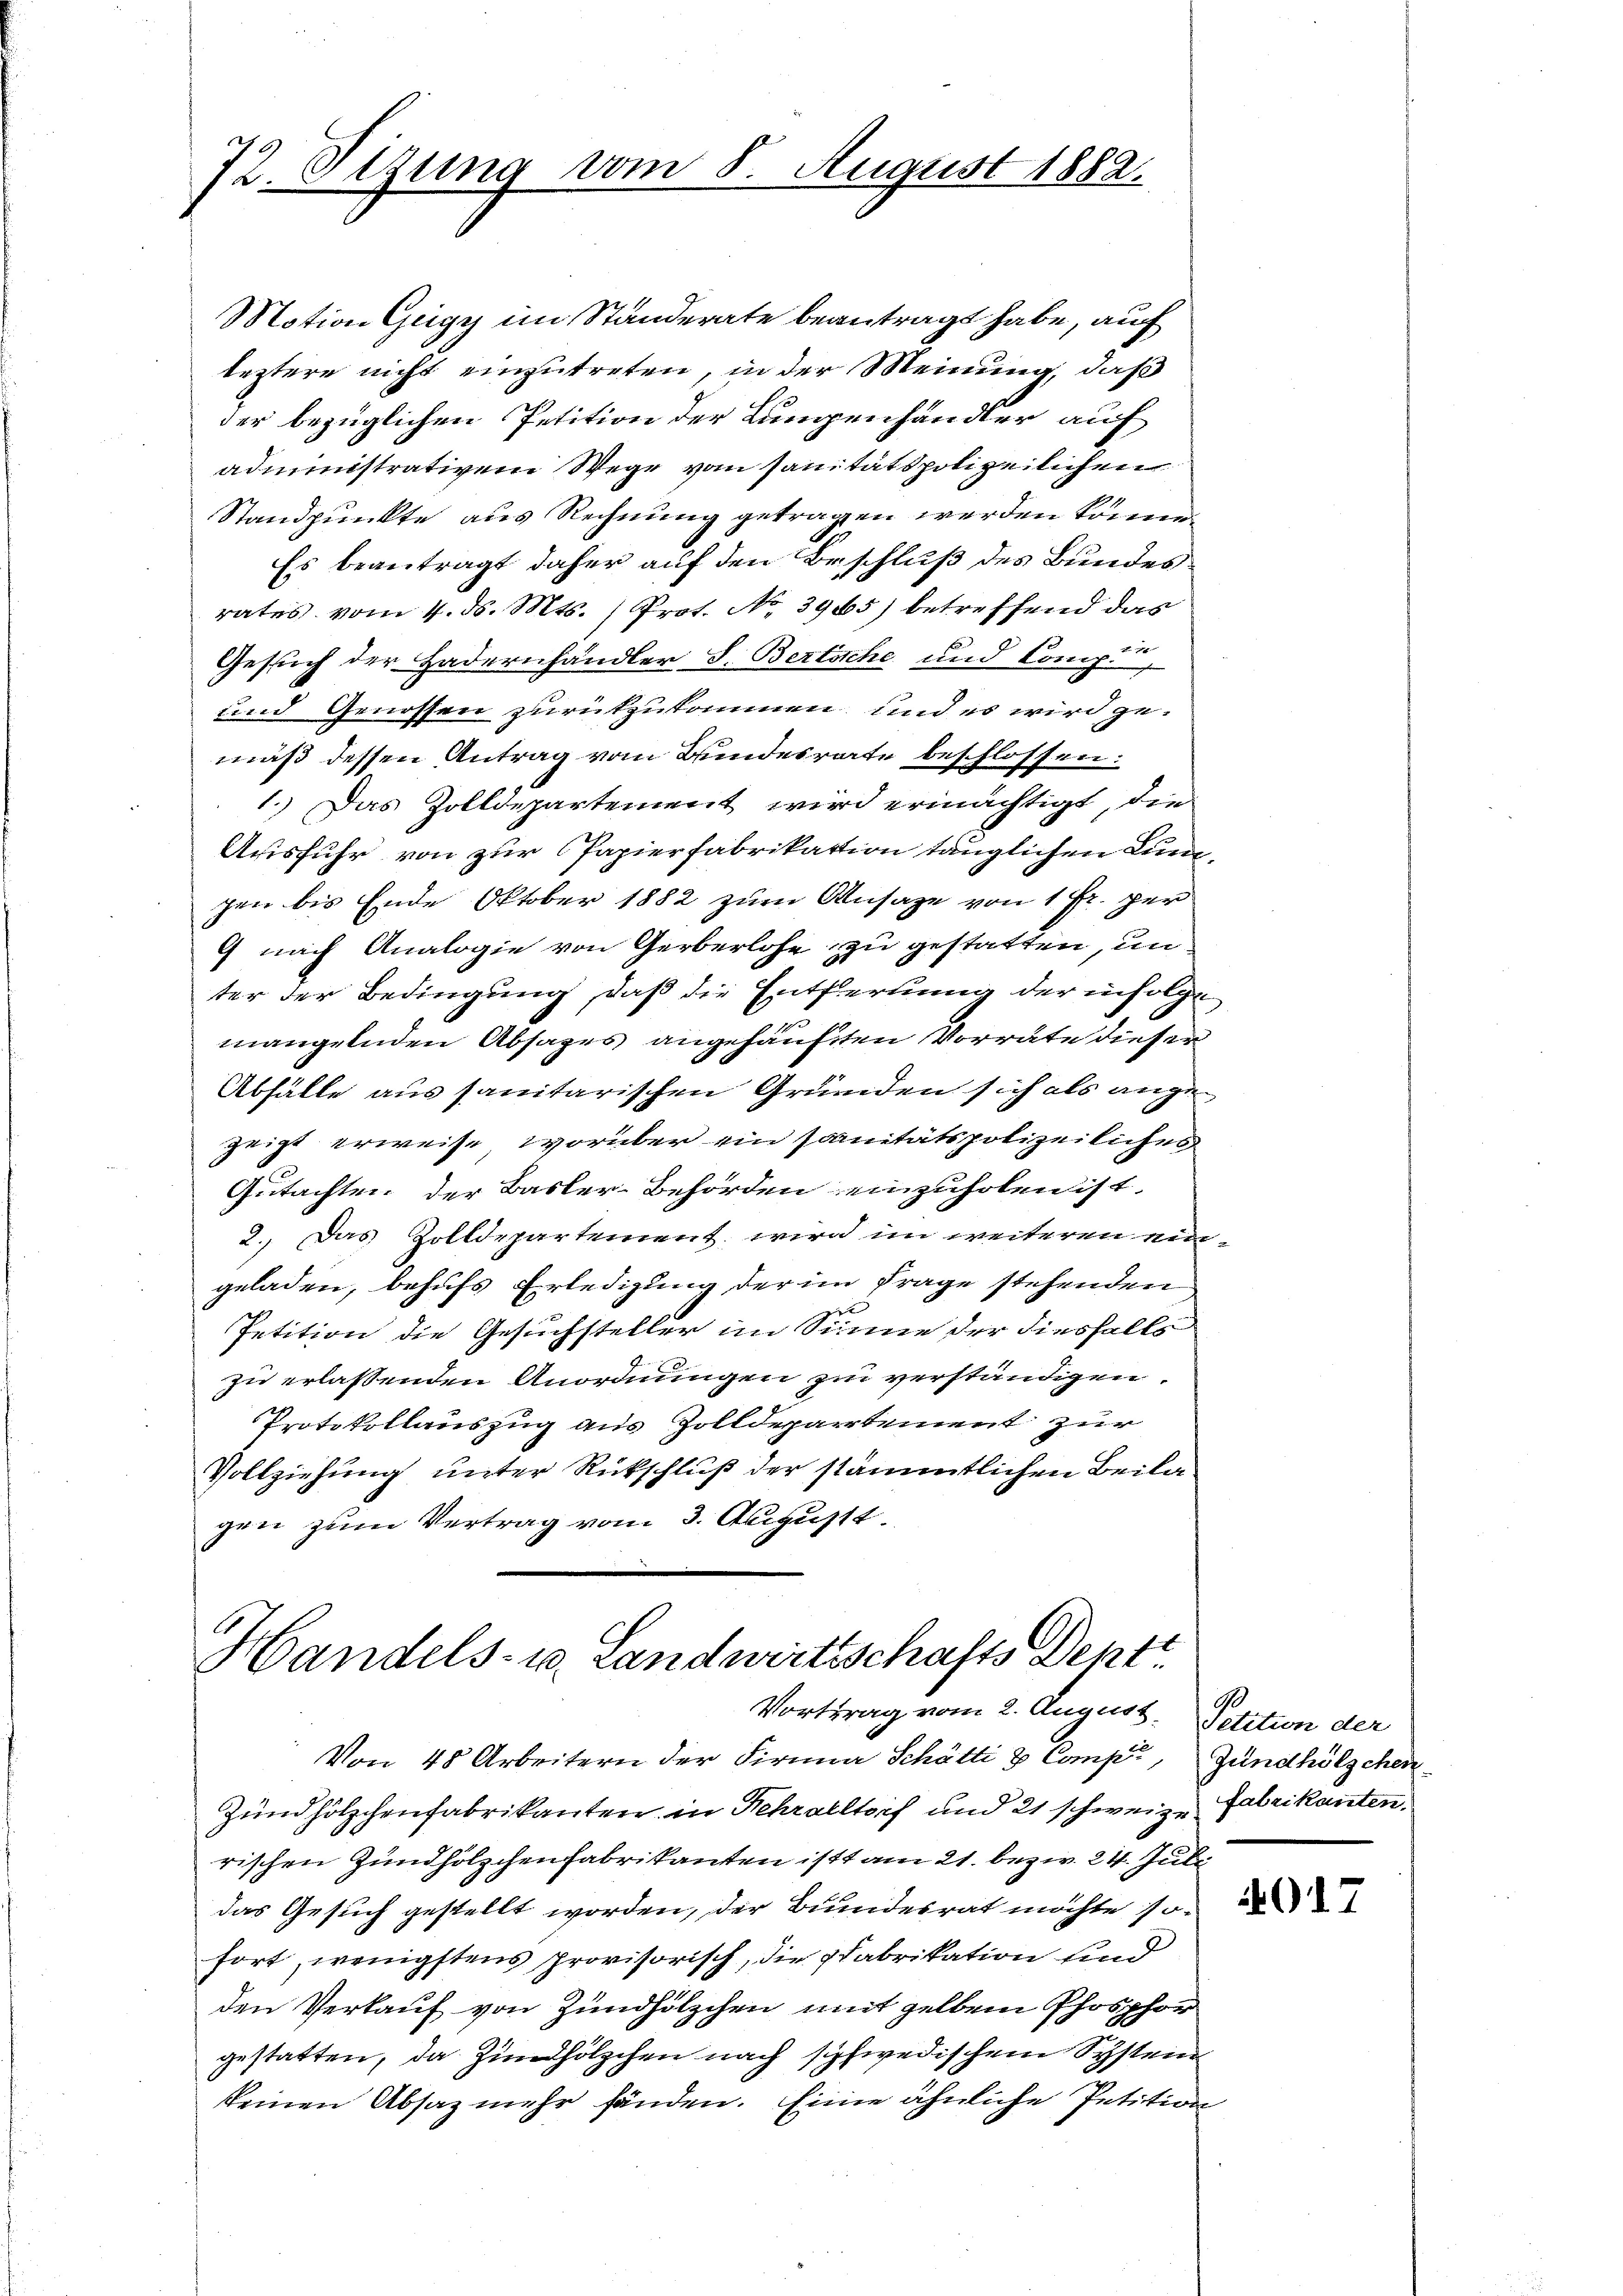
72. Sezung vom 8. August 1882.

Handels- u. Landwirtschafts Dept.
Vortrag vom 2. August. Petition der

Motion Geigy im Ständerate beantragt habe, auf
leztere nicht einzutreten, in der Meinung, daß
der bezüglichen Petition der Lungenhändler auf
administrativem Wege von sanitätspolizeilichen
Standpunkte aus Rechnung getragen werden können.
Es beantragt daher auf den Beschluß des Bundes
rates vom 4. d. Mts. (Prot. No. 3965) betreffend das
Gesuch der Hadernhändler S. Bertsche und Comp.
und Genossen zurükzukommen und es wird gemäß dessen Antrag vom Bundesrate beschlossen:
1.) Das Zolldepartement wird ermächtigt, die
Ausfuhr von zur Papierfabrikation tauglichen Lungen bis Ende Oktober 1882 zur Ansage von 1 Fr. per
9 nach Analogie von Gerberlose zu gestatten, unter der Bedingung, daß die Entfernung der infolge
mangelnden Absages angehäuften Vorräte dieser
Abfälle aus sanitarischen Gründen sich als angezeigt erweise, worüber ein sanitätspolizeiliches
Gutachten der Basler-Behörden einzuholen ist.
2.) Das Zolldepartement wird im weiteren ein-
geladen, behufs Erledigung der im Frage stehenden
Petition die Gesuchsteller im Sinne der diesfalls
zu erlassenden Anordnungen zu verständigen.
Protokollauszug aus Zolldepartement zur
Vollziehung unter Rückschluß der sämmtlichen Beilagen zum Vertrag vom 3. August.

Von 48 Arbeitern der Firma Schötti & Comp., Zündhölzchen
Zündhölzchenfabrikanten in Rehraltorf und 21 schweizer Fabrikanten,
rischen Zündhölzchenfabrikanten ist am 21. bezw. 24. Juli
das Gesuch gestellt worden, der Bundesrat möchte sofort, wenigstens provisorisch, die pfabrikation sind
den Verkauf von Zündhölzchen mit gelben Phosphor
gestatten, da Zündhölzchen nach schwedischem Systein
keinen Absaz mehr fänden. Eine ähnliche Petition

G17